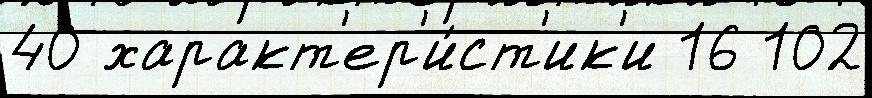
40 характ'ер'и́ст'ик'и 16 102